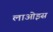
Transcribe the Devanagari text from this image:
लाओइस